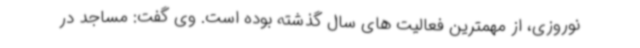
نوروزی، از مهمترین فعالیت های سال گذشته بوده است. وی گفت: مساجد در